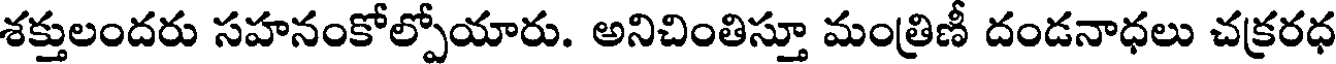
శక్తులందరు సహనంకోల్పోయారు. అనిచింతిస్తూ మంత్రిణీ దండనాధలు చక్రరధ